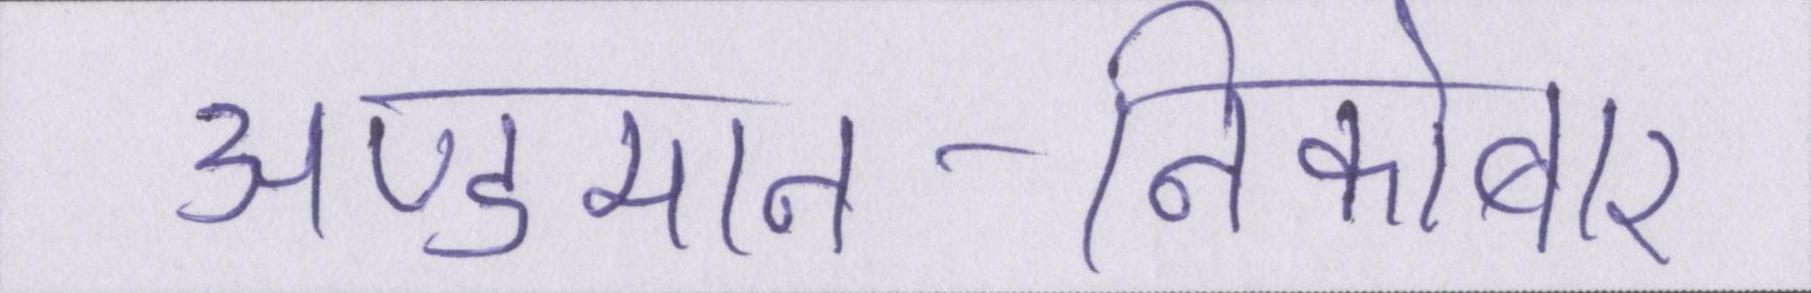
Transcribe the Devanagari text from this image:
अण्डमान-निकोबार